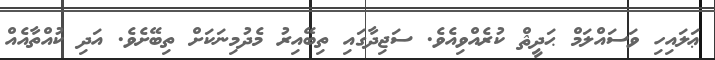
ޢަލައިހި ވަސައްލަމް ޙަދީޘް ކުރެއްވިއެވެ. ސަޖިދާގައި ތިބޭއިރު މެދުމިނަކަށް ތިބޭށެވެ. އަދި ކުއްތާއެއް